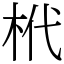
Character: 㭖